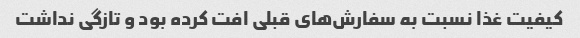
کیفیت غذا نسبت به سفارش‌های قبلی افت کرده بود و تازگی نداشت